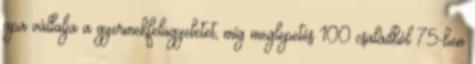
apa vállalja a gyermekfelügyeletet, míg meglepetés 100 családból 75-ben